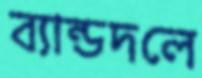
ব্যান্ডদলে